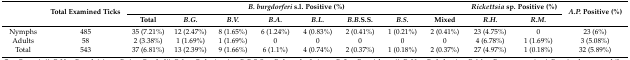
<table><thead><tr><td rowspan="2"></td><td rowspan="2"><b>Total Examined Ticks</b></td><td colspan="8"><b><i>B. burgdorferi</i> s.l. Positive (%)</b></td><td colspan="2"><b><i>Rickettsia</i> sp. Positive (%)</b></td><td rowspan="2"><b><i>A.P.</i> Positive (%)</b></td></tr><tr><td><b>Total</b></td><td><b><i>B.G.</i></b></td><td><b><i>B.V.</i></b></td><td><b><i>B.A.</i></b></td><td><b><i>B.L.</i></b></td><td><b><i>B.B.</i>S.S.</b></td><td><b><i>B.S.</i></b></td><td><b>Mixed</b></td><td><b><i>R.H.</i></b></td><td><b><i>R.M.</i></b></td></tr></thead><tbody><tr><td>Nymphs</td><td>485</td><td>35 (7.21%)</td><td>12 (2.47%)</td><td>8 (1.65%)</td><td>6 (1.24%)</td><td>4 (0.83%)</td><td>2 (0.41%)</td><td>1 (0.21%)</td><td>2 (0.41%)</td><td>23 (4.75%)</td><td>0</td><td>23 (6%)</td></tr><tr><td>Adults</td><td>58</td><td>2 (3.38%)</td><td>1 (1.69%)</td><td>1 (1.69%)</td><td>0</td><td>0</td><td>0</td><td>0</td><td>0</td><td>4 (6.78%)</td><td>1 (1.69%)</td><td>3 (5.08%)</td></tr><tr><td>Total</td><td>543</td><td>37 (6.81%)</td><td>13 (2.39%)</td><td>9 (1.66%)</td><td>6 (1.1%)</td><td>4 (0.74%)</td><td>2 (0.37%)</td><td>1 (0.18%)</td><td>2 (0.37%)</td><td>27 (4.97%)</td><td>1 (0.18%)</td><td>32 (5.89%)</td></tr></tbody></table>